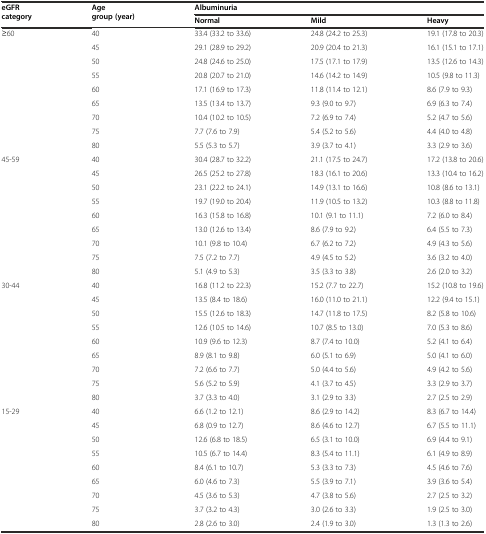
<table><thead><tr><td rowspan="2"><b>eGFR category</b></td><td rowspan="2"><b>Age group (year)</b></td><td colspan="3"><b>Albuminuria</b></td></tr><tr><td><b>Normal</b></td><td><b>Mild</b></td><td><b>Heavy</b></td></tr></thead><tbody><tr><td>≥60</td><td>40</td><td>33.4 (33.2 to 33.6)</td><td>24.8 (24.2 to 25.3)</td><td>19.1 (17.8 to 20.3)</td></tr><tr><td></td><td>45</td><td>29.1 (28.9 to 29.2)</td><td>20.9 (20.4 to 21.3)</td><td>16.1 (15.1 to 17.1)</td></tr><tr><td></td><td>50</td><td>24.8 (24.6 to 25.0)</td><td>17.5 (17.1 to 17.9)</td><td>13.5 (12.6 to 14.3)</td></tr><tr><td></td><td>55</td><td>20.8 (20.7 to 21.0)</td><td>14.6 (14.2 to 14.9)</td><td>10.5 (9.8 to 11.3)</td></tr><tr><td></td><td>60</td><td>17.1 (16.9 to 17.3)</td><td>11.8 (11.4 to 12.1)</td><td>8.6 (7.9 to 9.3)</td></tr><tr><td></td><td>65</td><td>13.5 (13.4 to 13.7)</td><td>9.3 (9.0 to 9.7)</td><td>6.9 (6.3 to 7.4)</td></tr><tr><td></td><td>70</td><td>10.4 (10.2 to 10.5)</td><td>7.2 (6.9 to 7.4)</td><td>5.2 (4.7 to 5.6)</td></tr><tr><td></td><td>75</td><td>7.7 (7.6 to 7.9)</td><td>5.4 (5.2 to 5.6)</td><td>4.4 (4.0 to 4.8)</td></tr><tr><td></td><td>80</td><td>5.5 (5.3 to 5.7)</td><td>3.9 (3.7 to 4.1)</td><td>3.3 (2.9 to 3.6)</td></tr><tr><td>45-59</td><td>40</td><td>30.4 (28.7 to 32.2)</td><td>21.1 (17.5 to 24.7)</td><td>17.2 (13.8 to 20.6)</td></tr><tr><td></td><td>45</td><td>26.5 (25.2 to 27.8)</td><td>18.3 (16.1 to 20.6)</td><td>13.3 (10.4 to 16.2)</td></tr><tr><td></td><td>50</td><td>23.1 (22.2 to 24.1)</td><td>14.9 (13.1 to 16.6)</td><td>10.8 (8.6 to 13.1)</td></tr><tr><td></td><td>55</td><td>19.7 (19.0 to 20.4)</td><td>11.9 (10.5 to 13.2)</td><td>10.3 (8.8 to 11.8)</td></tr><tr><td></td><td>60</td><td>16.3 (15.8 to 16.8)</td><td>10.1 (9.1 to 11.1)</td><td>7.2 (6.0 to 8.4)</td></tr><tr><td></td><td>65</td><td>13.0 (12.6 to 13.4)</td><td>8.6 (7.9 to 9.2)</td><td>6.4 (5.5 to 7.3)</td></tr><tr><td></td><td>70</td><td>10.1 (9.8 to 10.4)</td><td>6.7 (6.2 to 7.2)</td><td>4.9 (4.3 to 5.6)</td></tr><tr><td></td><td>75</td><td>7.5 (7.2 to 7.7)</td><td>4.9 (4.5 to 5.2)</td><td>3.6 (3.2 to 4.0)</td></tr><tr><td></td><td>80</td><td>5.1 (4.9 to 5.3)</td><td>3.5 (3.3 to 3.8)</td><td>2.6 (2.0 to 3.2)</td></tr><tr><td>30-44</td><td>40</td><td>16.8 (11.2 to 22.3)</td><td>15.2 (7.7 to 22.7)</td><td>15.2 (10.8 to 19.6)</td></tr><tr><td></td><td>45</td><td>13.5 (8.4 to 18.6)</td><td>16.0 (11.0 to 21.1)</td><td>12.2 (9.4 to 15.1)</td></tr><tr><td></td><td>50</td><td>15.5 (12.6 to 18.3)</td><td>14.7 (11.8 to 17.5)</td><td>8.2 (5.8 to 10.6)</td></tr><tr><td></td><td>55</td><td>12.6 (10.5 to 14.6)</td><td>10.7 (8.5 to 13.0)</td><td>7.0 (5.3 to 8.6)</td></tr><tr><td></td><td>60</td><td>10.9 (9.6 to 12.3)</td><td>8.7 (7.4 to 10.0)</td><td>5.2 (4.1 to 6.4)</td></tr><tr><td></td><td>65</td><td>8.9 (8.1 to 9.8)</td><td>6.0 (5.1 to 6.9)</td><td>5.0 (4.1 to 6.0)</td></tr><tr><td></td><td>70</td><td>7.2 (6.6 to 7.7)</td><td>5.0 (4.4 to 5.6)</td><td>4.9 (4.2 to 5.6)</td></tr><tr><td></td><td>75</td><td>5.6 (5.2 to 5.9)</td><td>4.1 (3.7 to 4.5)</td><td>3.3 (2.9 to 3.7)</td></tr><tr><td></td><td>80</td><td>3.7 (3.3 to 4.0)</td><td>3.1 (2.9 to 3.3)</td><td>2.7 (2.5 to 2.9)</td></tr><tr><td>15-29</td><td>40</td><td>6.6 (1.2 to 12.1)</td><td>8.6 (2.9 to 14.2)</td><td>8.3 (6.7 to 14.4)</td></tr><tr><td></td><td>45</td><td>6.8 (0.9 to 12.7)</td><td>8.6 (4.6 to 12.7)</td><td>6.7 (5.5 to 11.1)</td></tr><tr><td></td><td>50</td><td>12.6 (6.8 to 18.5)</td><td>6.5 (3.1 to 10.0)</td><td>6.9 (4.4 to 9.1)</td></tr><tr><td></td><td>55</td><td>10.5 (6.7 to 14.4)</td><td>8.3 (5.4 to 11.1)</td><td>6.1 (4.9 to 8.9)</td></tr><tr><td></td><td>60</td><td>8.4 (6.1 to 10.7)</td><td>5.3 (3.3 to 7.3)</td><td>4.5 (4.6 to 7.6)</td></tr><tr><td></td><td>65</td><td>6.0 (4.6 to 7.3)</td><td>5.5 (3.9 to 7.1)</td><td>3.9 (3.6 to 5.4)</td></tr><tr><td></td><td>70</td><td>4.5 (3.6 to 5.3)</td><td>4.7 (3.8 to 5.6)</td><td>2.7 (2.5 to 3.2)</td></tr><tr><td></td><td>75</td><td>3.7 (3.2 to 4.3)</td><td>3.0 (2.6 to 3.3)</td><td>1.9 (2.5 to 3.0)</td></tr><tr><td></td><td>80</td><td>2.8 (2.6 to 3.0)</td><td>2.4 (1.9 to 3.0)</td><td>1.3 (1.3 to 2.6)</td></tr></tbody></table>